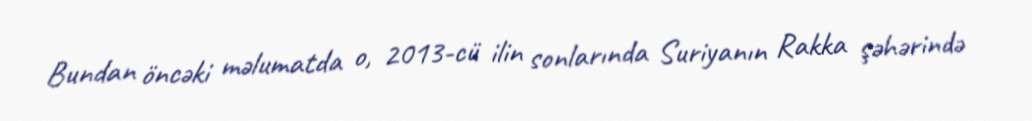
Bundan öncəki məlumatda o, 2013-cü ilin sonlarında Suriyanın Rakka şəhərində